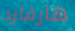
هارفارد